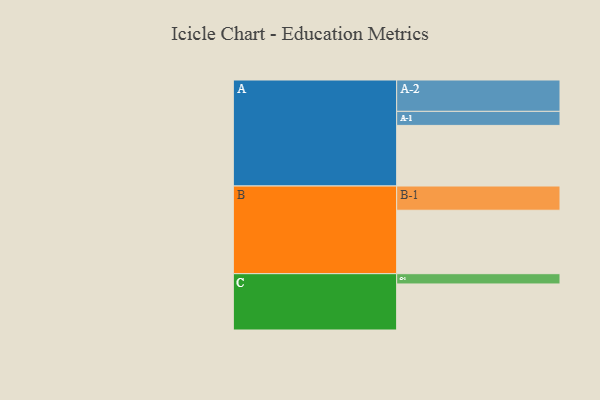
{"axis": {"x": "Segment", "y": "Value"}, "legend": ["", "A", "B", "C"], "data": [{"x": "A", "y": 561, "type": ""}, {"x": "B", "y": 587, "type": ""}, {"x": "C", "y": 426, "type": ""}, {"x": "A-1", "y": 130, "type": "A"}, {"x": "A-2", "y": 290, "type": "A"}, {"x": "B-1", "y": 224, "type": "B"}, {"x": "C-1", "y": 95, "type": "C"}]}